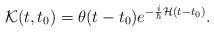
LaTeX: \begin{align*}{\cal {K}}(t,t_{0})=\theta (t-t_{0})e^{-\frac{i}{\hbar }{\cal {H}}(t-t_{0})}.\end{align*}